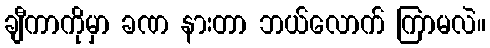
ချီကာကိုမှာ ခဏ နားတာ ဘယ်လောက် ကြာမလဲ။